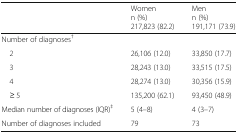
|  | Womenn (%)217,823 (82.2) | Menn (%)191,171 (73.9) |
 | --- | --- | --- |
 | <COLSPAN=3> Number of diagnoses† |
 | 2 | 26,106 (12.0) | 33,850 (17.7) |
 | 3 | 28,243 (13.0) | 33,515 (17.5) |
 | 4 | 28,274 (13.0) | 30,356 (15.9) |
 | ≥ 5 | 135,200 (62.1) | 93,450 (48.9) |
 | Median number of diagnoses (IQR)‡ | 5 (4–8) | 4 (3–7) |
 | Number of diagnoses included | 79 | 73 |